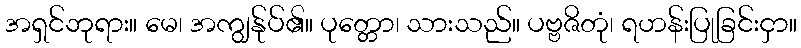
အရှင်ဘုရား။ မေ၊ အကျွန်ုပ်၏။ ပုတ္တော၊ သားသည်။ ပဗ္ဗဇိတုံ၊ ရဟန်းပြုခြင်းငှာ။